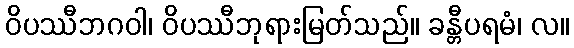
ဝိပဿီဘဂဝါ၊ ဝိပဿီဘုရားမြတ်သည်။ ခန္တီပရမံ၊ လ။